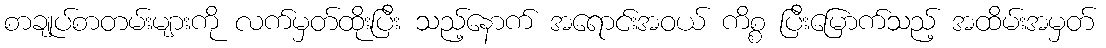
စာချုပ်စာတမ်းများကို လက်မှတ်ထိုးပြီး သည့်နောက် အရောင်းအဝယ် ကိစ္စ ပြီးမြောက်သည့် အထိမ်းအမှတ်